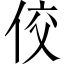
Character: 佼